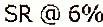
SR@6%